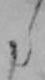
た